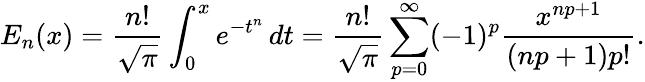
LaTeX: E_{n}(x)={\frac{n!}{\sqrt{\pi}}}\int_{0}^{x}e^{-t^{n}}\, dt={\frac{n!}{\sqrt{\pi}}}\sum_{p=0}^{\infty}(-1)^{p}{\frac{x^{np+1}}{(np+1)p!}}.